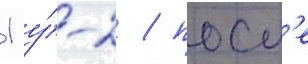
1 у́-2 / посл'е